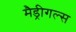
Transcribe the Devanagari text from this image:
मैड्रीगल्स